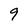
Character: 9